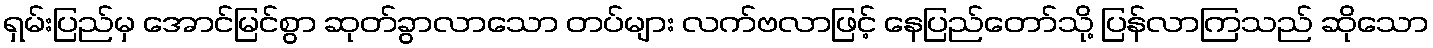
ရှမ်းပြည်မှ အောင်မြင်စွာ ဆုတ်ခွာလာသော တပ်များ လက်ဗလာဖြင့် နေပြည်တော်သို့ ပြန်လာကြသည် ဆိုသော